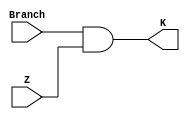
`timescale 1ns / 1ps
//////////////////////////////////////////////////////////////////////////////////
// Company: 
// Engineer: 
// 
// Design Name: 
// Module Name: myand
// Project Name: 
// Target Devices: 
// Tool Versions: 
// Description: 
// 
// Dependencies: 
// 
// Revision:
// Revision 0.01 - File Created
// Additional Comments:
// 
//////////////////////////////////////////////////////////////////////////////////


module myand(
Branch,Z,K
    );
    input Branch,Z;
    output K;
    assign K=Branch&Z;
endmodule